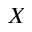
X